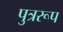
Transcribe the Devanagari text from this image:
पुत्ररूप